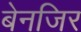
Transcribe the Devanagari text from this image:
बेनजिर